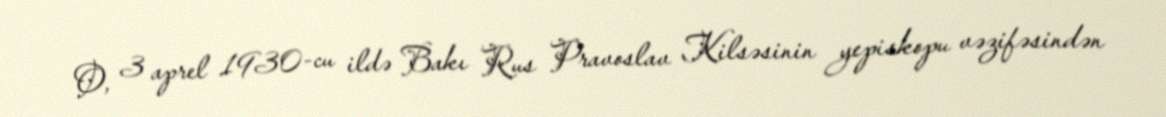
O, 3 aprel 1930-cu ildə Bakı Rus Pravoslav Kilsəsinin yepiskopu vəzifəsindən